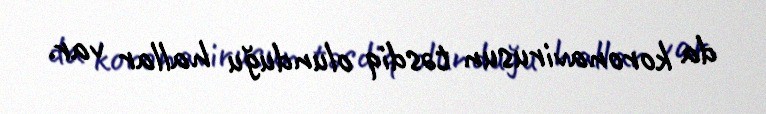
da koronavirusun təsdiq olunduğu hallar var.